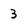
Character: 3